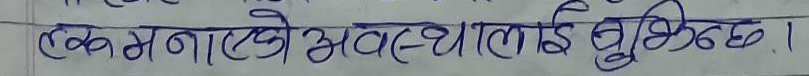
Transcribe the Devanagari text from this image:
एक बनाएको अवस्थालाई बुझिन्छ।